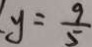
y = \frac { 9 } { 5 }